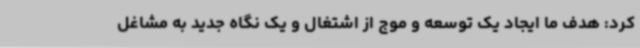
کرد: هدف ما ایجاد یک توسعه و موج از اشتغال و یک نگاه جدید به مشاغل